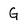
Character: G